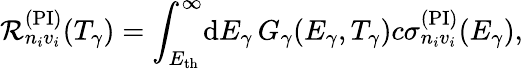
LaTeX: \mathcal{R}_{n_{i}v_{i}}^{(\mathrm{PI})}(T_{\gamma})=\int_{E_{\mathrm{th}}}^{\infty}\! \mathrm{d}E_{\gamma}\, G_{\gamma}(E_{\gamma},T_{\gamma})c\sigma_{n_{i}v_{i}}^{(\mathrm{PI})}(E_{\gamma}),